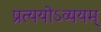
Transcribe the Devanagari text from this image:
प्रत्ययोऽव्ययम्